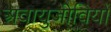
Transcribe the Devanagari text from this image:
अवायुजीवियों